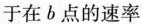
于在b点的速率